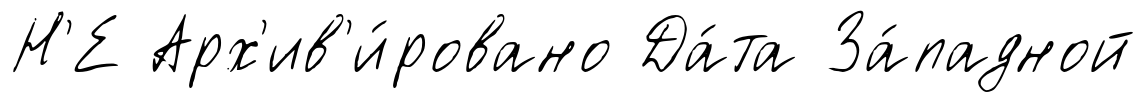
Н'Е Арх'ив'и́ровано Да́та За́падной